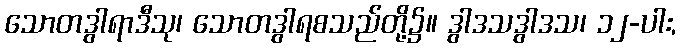
သောတဒွါရာဒီသု၊ သောတဒွါရစသည်တို့၌။ ဒွါဒသဒွါဒသ၊ ၁၂-ပါး,